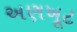
અણખૂટ